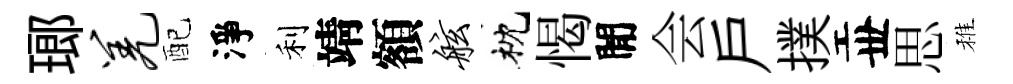
瑯羌配淨利靖額舷枕愒閒会戸撲丗思稚